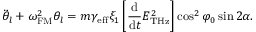
\ddot { \theta } _ { l } + \omega _ { \mathrm { F M } } ^ { 2 } \theta _ { l } = m \gamma _ { \mathrm { e f f } } \xi _ { 1 } \left[ \frac { \mathrm { d } } { \mathrm { d } t } E _ { \mathrm { T H z } } ^ { 2 } \right] \cos ^ { 2 } \varphi _ { 0 } \sin 2 \alpha .